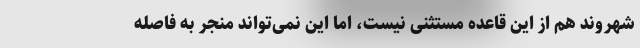
شهروند هم از این قاعده مستثنی نیست، اما این نمی‌تواند منجر به فاصله